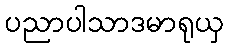
ပညာပါသာဒမာရုယှ